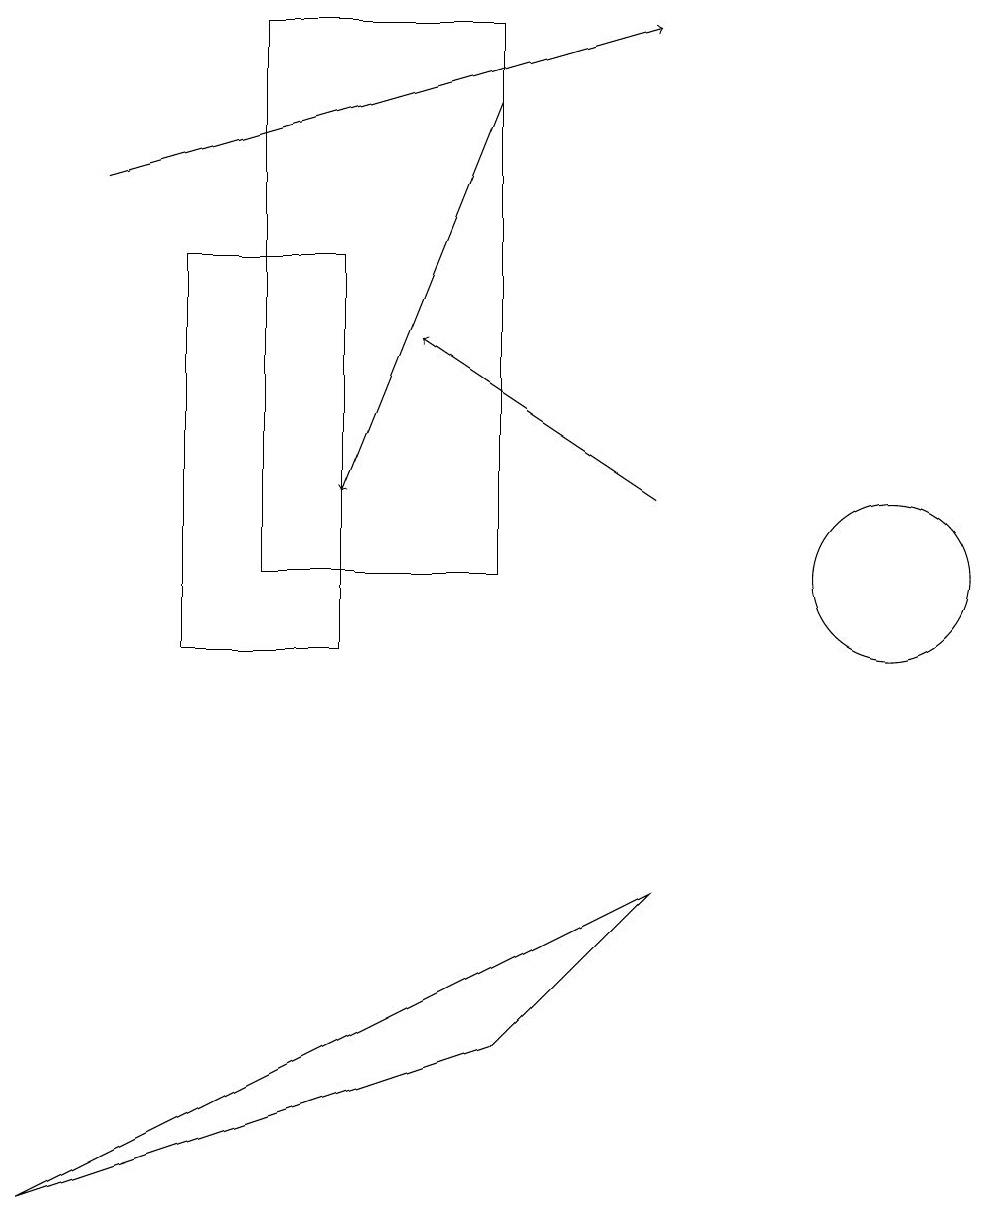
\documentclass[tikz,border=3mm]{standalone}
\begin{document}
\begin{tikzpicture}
\draw (10,10) circle (0);
\draw (6,19) rectangle (3,12);
\draw[->] (1,17) -- (8,19);
\draw (4,16) rectangle (2,11);
\draw (6,6) -- (0,4) -- (8,8) -- cycle;
\draw[->] (6,18) -- (4,13);
\draw (11,12) circle (1);
\draw[->] (8,13) -- (5,15);
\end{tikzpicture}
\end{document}